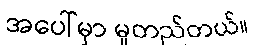
အပေါ်မှာ မူတည်တယ်။